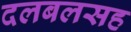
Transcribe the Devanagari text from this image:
दलबलसह